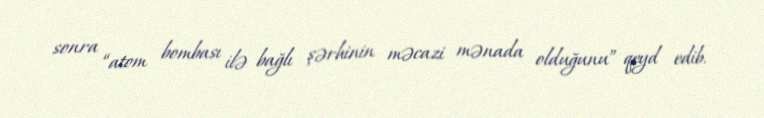
sonra “atom bombası ilə bağlı şərhinin məcazi mənada olduğunu” qeyd edib.